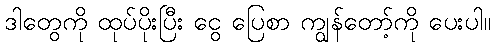
ဒါတွေကို ထုပ်ပိုးပြီး ငွေ ပြေစာ ကျွန်တော့်ကို ပေးပါ။